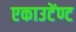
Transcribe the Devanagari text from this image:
एकाउटेंण्ट